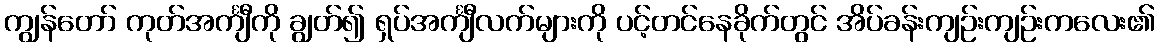
ကျွန်တော် ကုတ်အင်္ကျီကို ချွတ်၍ ရှပ်အင်္ကျီလက်များကို ပင့်တင်နေခိုက်တွင် အိပ်ခန်းကျဉ်းကျဉ်းကလေး၏